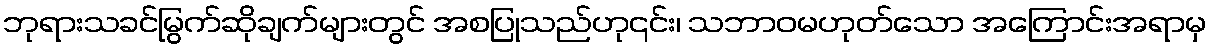
ဘုရားသခင်မြွက်ဆိုချက်များတွင် အစပြုသည်ဟု၎င်း၊ သဘာဝမဟုတ်သော အကြောင်းအရာမှ